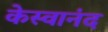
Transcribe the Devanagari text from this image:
केस्वानंद